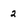
Character: 2